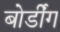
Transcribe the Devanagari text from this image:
बोर्डींग